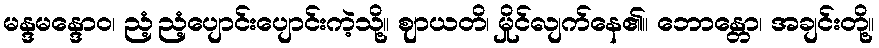
မန္ဒမန္ဒောဝ၊ ညံ့ညံ့ပျောင်းပျောင်းကဲ့သို့။ ဈာယတိ၊ မှိုင်လျက်နေ၏။ ဘောန္တော၊ အချင်းတို့။